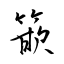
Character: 篏